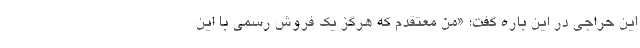
این حراجی در این باره گفت: «من معتقدم که هرگز یک فروش رسمی با این